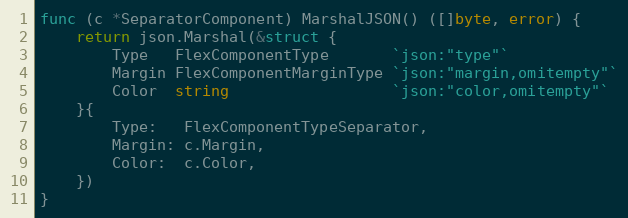
Language: Go
func (c *SeparatorComponent) MarshalJSON() ([]byte, error) {
	return json.Marshal(&struct {
		Type   FlexComponentType       `json:"type"`
		Margin FlexComponentMarginType `json:"margin,omitempty"`
		Color  string                  `json:"color,omitempty"`
	}{
		Type:   FlexComponentTypeSeparator,
		Margin: c.Margin,
		Color:  c.Color,
	})
}